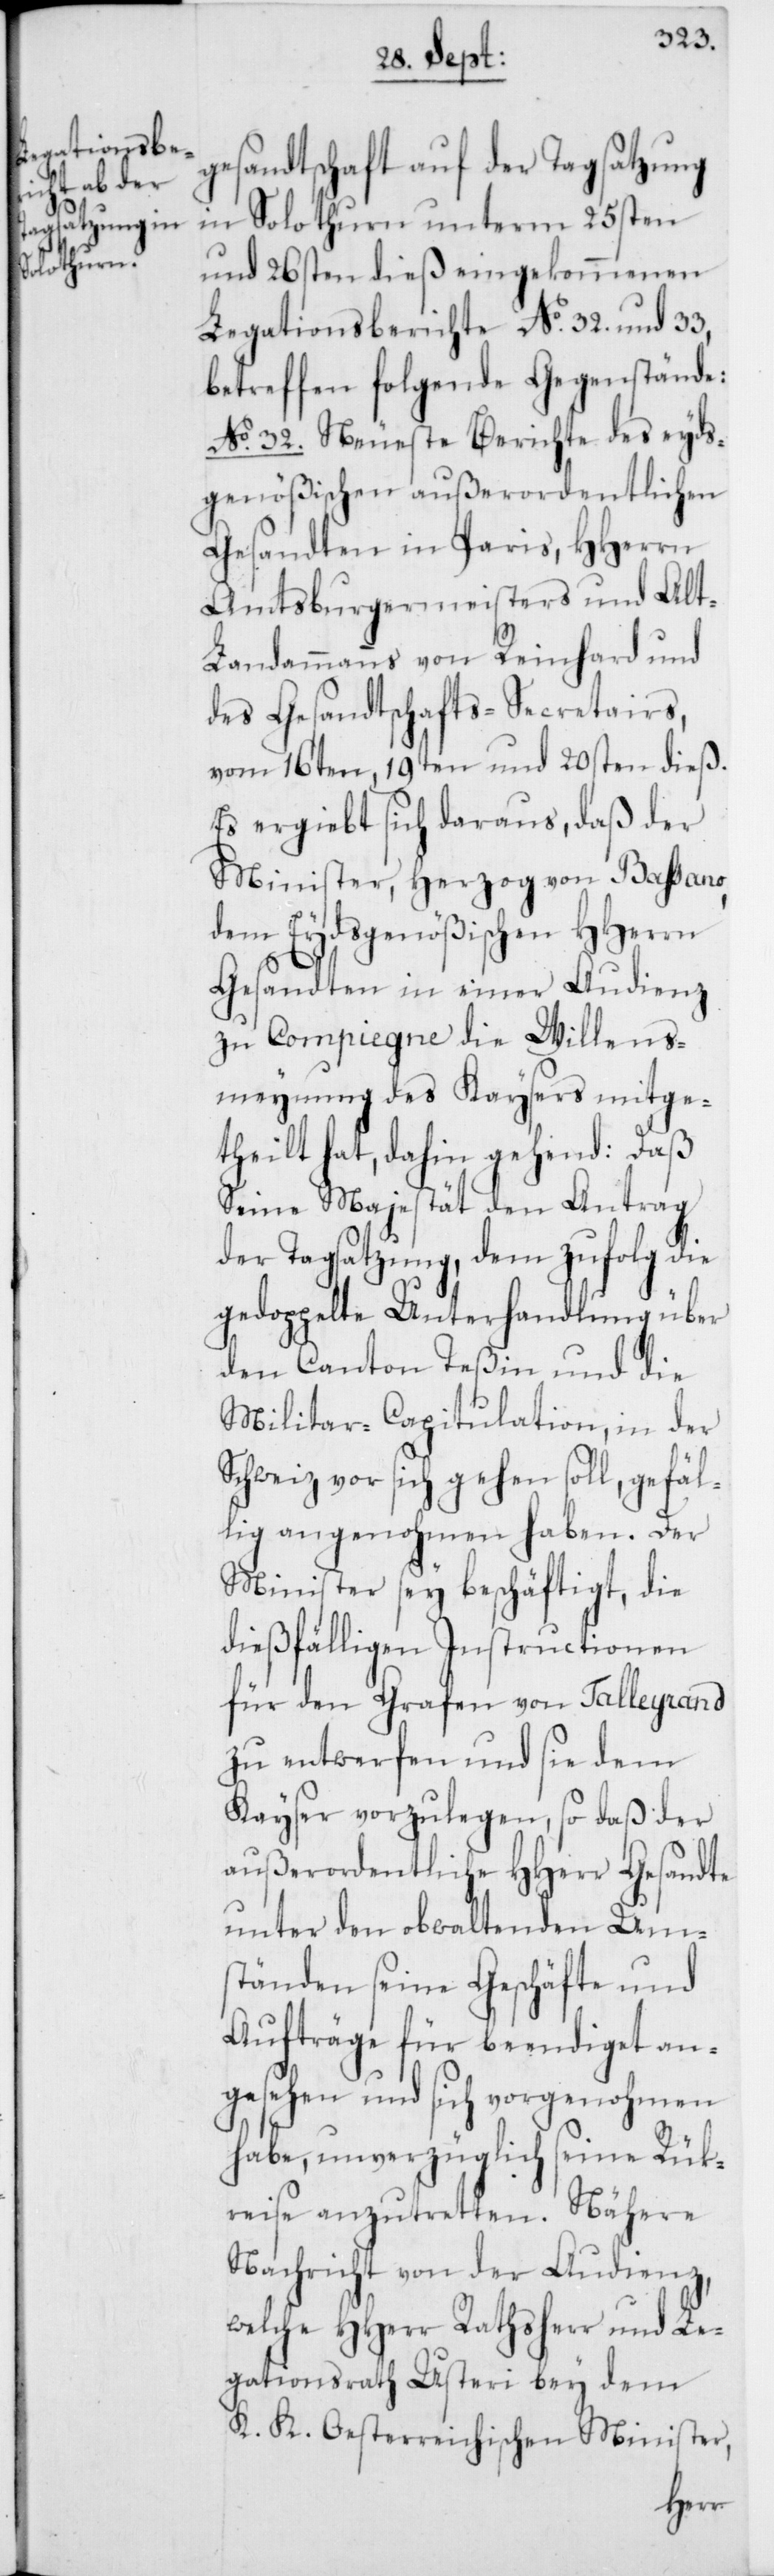
gesandtschaft auf der Tagsatzung
in Solothurn unterm 25sten
und 26sten dieß eingekommenen
Legationsberichte No. 32. und 33,
betreffen folgende Gegenstände:
No. 32. Neueste Berichte des eyds¬
genößischen außerordentlichen
Gesandten in Paris, HHerrn
Amtsburgermeisters und Alt-L¬
andammanns von Reinhard und
des Gesandtschafts-Secretairs,
vom 16ten, 19ten und 20sten dieß.
Es ergiebt sich daraus, daß der
Minister, Herzog von Baßano,
dem Eydsgenößischen HHerren
Gesandten in einer Audienz
zu Compiegne die Willens¬
meynung des Kaysers mitge¬
theilt hat, dahin gehend: Daß
Seine Majestät den Antrag
der Tagsatzung, dem zufolg die
gedoppelte Unterhandlung über
den Canton Teßin und die
Militar-Capitulation, in der
Schweiz vor sich gehen soll, gefäl¬
lig angenohmen haben. Der
Minister sey beschäftigt, die
dießfälligen Instructionen
für den Grafen von Talleyrand
zu entwerfen und sie dem
Kayser vorzulegen, so daß der
außerordentliche HHerr Gesandte
unter den obwaltenden Um¬
ständen seine Geschäfte und
Aufträge für beendiget an¬
gesehen und sich vorgenohmen
habe, unverzüglich seine Rük¬
reise anzutretten. Nähere
Nachricht von der Audienz,
welche HHerr Rathsherr und Le¬
gationsrath Usteri bey dem
K. K. Oesterreichischen Minister,